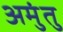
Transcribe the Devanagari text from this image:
अमुंतु